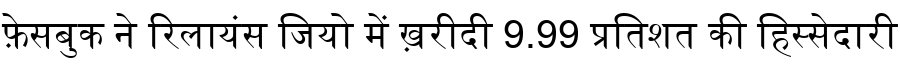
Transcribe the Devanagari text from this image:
फ़ेसबुक ने रिलायंस जियो में ख़रीदी 9.99 प्रतिशत की हिस्सेदारी